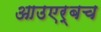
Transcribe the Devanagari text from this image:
आउएर्बच